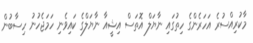
މާކުރިއްސުރެ އަހަރެންގެ ހިތުގައި ނާޔަލް އޮތަސް އިޝީއާ ނާޔަލްގެ ކައިވެނި ހަމަޖެހުނު ހިސާބުން